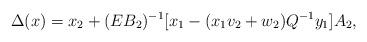
LaTeX: \begin{align*}\Delta (x)= x_2+ (EB_2)^{-1} \lbrack x_1-(x_1v_2+w_2)Q^{-1}y_1 \rbrack A_2,\end{align*}